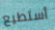
أستطيع